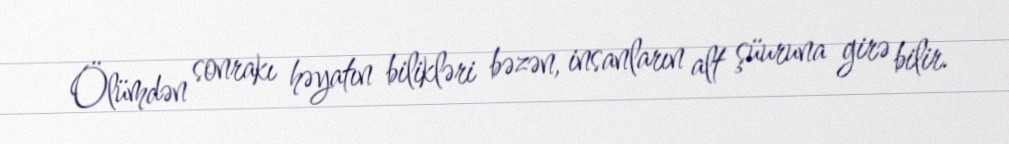
Ölümdən sonrakı həyatın bilikləri bəzən, insanların alt şüuruna girə bilir.